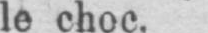
le choc.